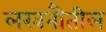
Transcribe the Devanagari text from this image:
लखनौतील